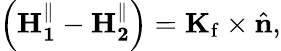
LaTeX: \left(\mathbf{H_{1}^{\parallel}}-\mathbf{H_{2}^{\parallel}}\right)=\mathbf{K}_{\mathrm{f}}\times{\hat{\mathbf{n}}},